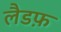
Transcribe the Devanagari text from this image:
लैडफ़